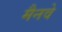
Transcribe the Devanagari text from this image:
मैनवे